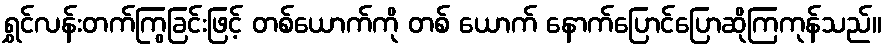
ရွှင်လန်းတက်ကြွခြင်းဖြင့် တစ်ယောက်ကို တစ် ယောက် နောက်ပြောင်ပြောဆိုကြကုန်သည်။